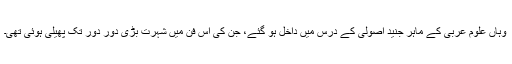
وہاں علومِ عربی کے ماہر جنید اُصولی کے درس میں داخل ہو گئے، جن کی اِس فن میں شہرت بڑی دور دور تک پھیلی ہوئی تھی۔